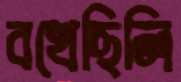
বখেছিলি